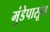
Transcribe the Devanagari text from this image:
मुंडेपासून